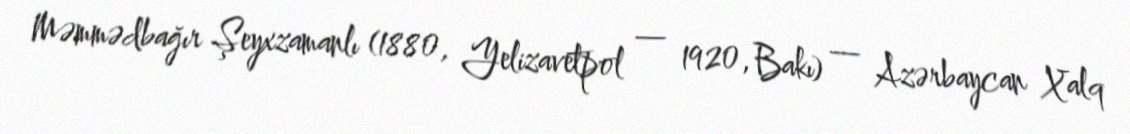
Məmmədbağır Şeyxzamanlı (1880, Yelizavetpol — 1920, Bakı) — Azərbaycan Xalq